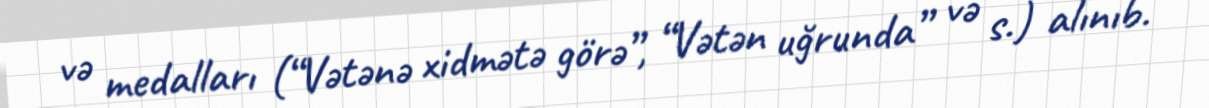
və medalları (“Vətənə xidmətə görə”, “Vətən uğrunda” və s.) alınıb.